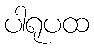
ပါရုပထ